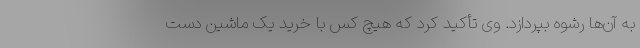
به آن‌ها رشوه بپردازد. وی تأکید کرد که هیچ کس با خرید یک ماشین دست